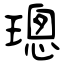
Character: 璁